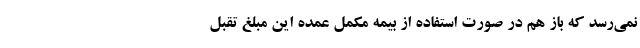
نمی‌رسد که باز هم در صورت استفاده از بیمه‌ مکمل عمده این مبلغ تقبل